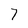
Character: 7